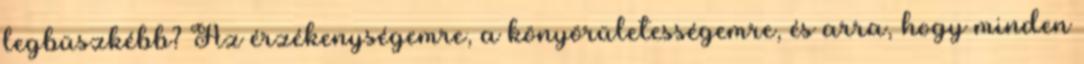
legbüszkébb? Az érzékenységemre, a könyörületességemre, és arra, hogy minden